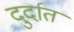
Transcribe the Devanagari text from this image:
दुर्दात